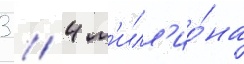
3 / 4 м'илл'ио́на